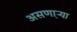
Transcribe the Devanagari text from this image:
असणा़ऱ्या